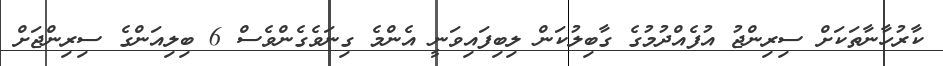
ކާރުހާނާތަކަށް ސިރިންޖު އުފެއްދުމުގެ ގާބިލުކަން ލިބިފައިވަނީ އެންމެ ގިނަވެގެންވެސް 6 ބިލިއަންގެ ސިރިންޖަށް